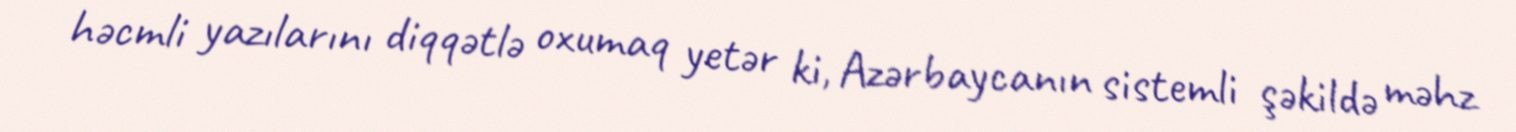
həcmli yazılarını diqqətlə oxumaq yetər ki, Azərbaycanın sistemli şəkildə məhz